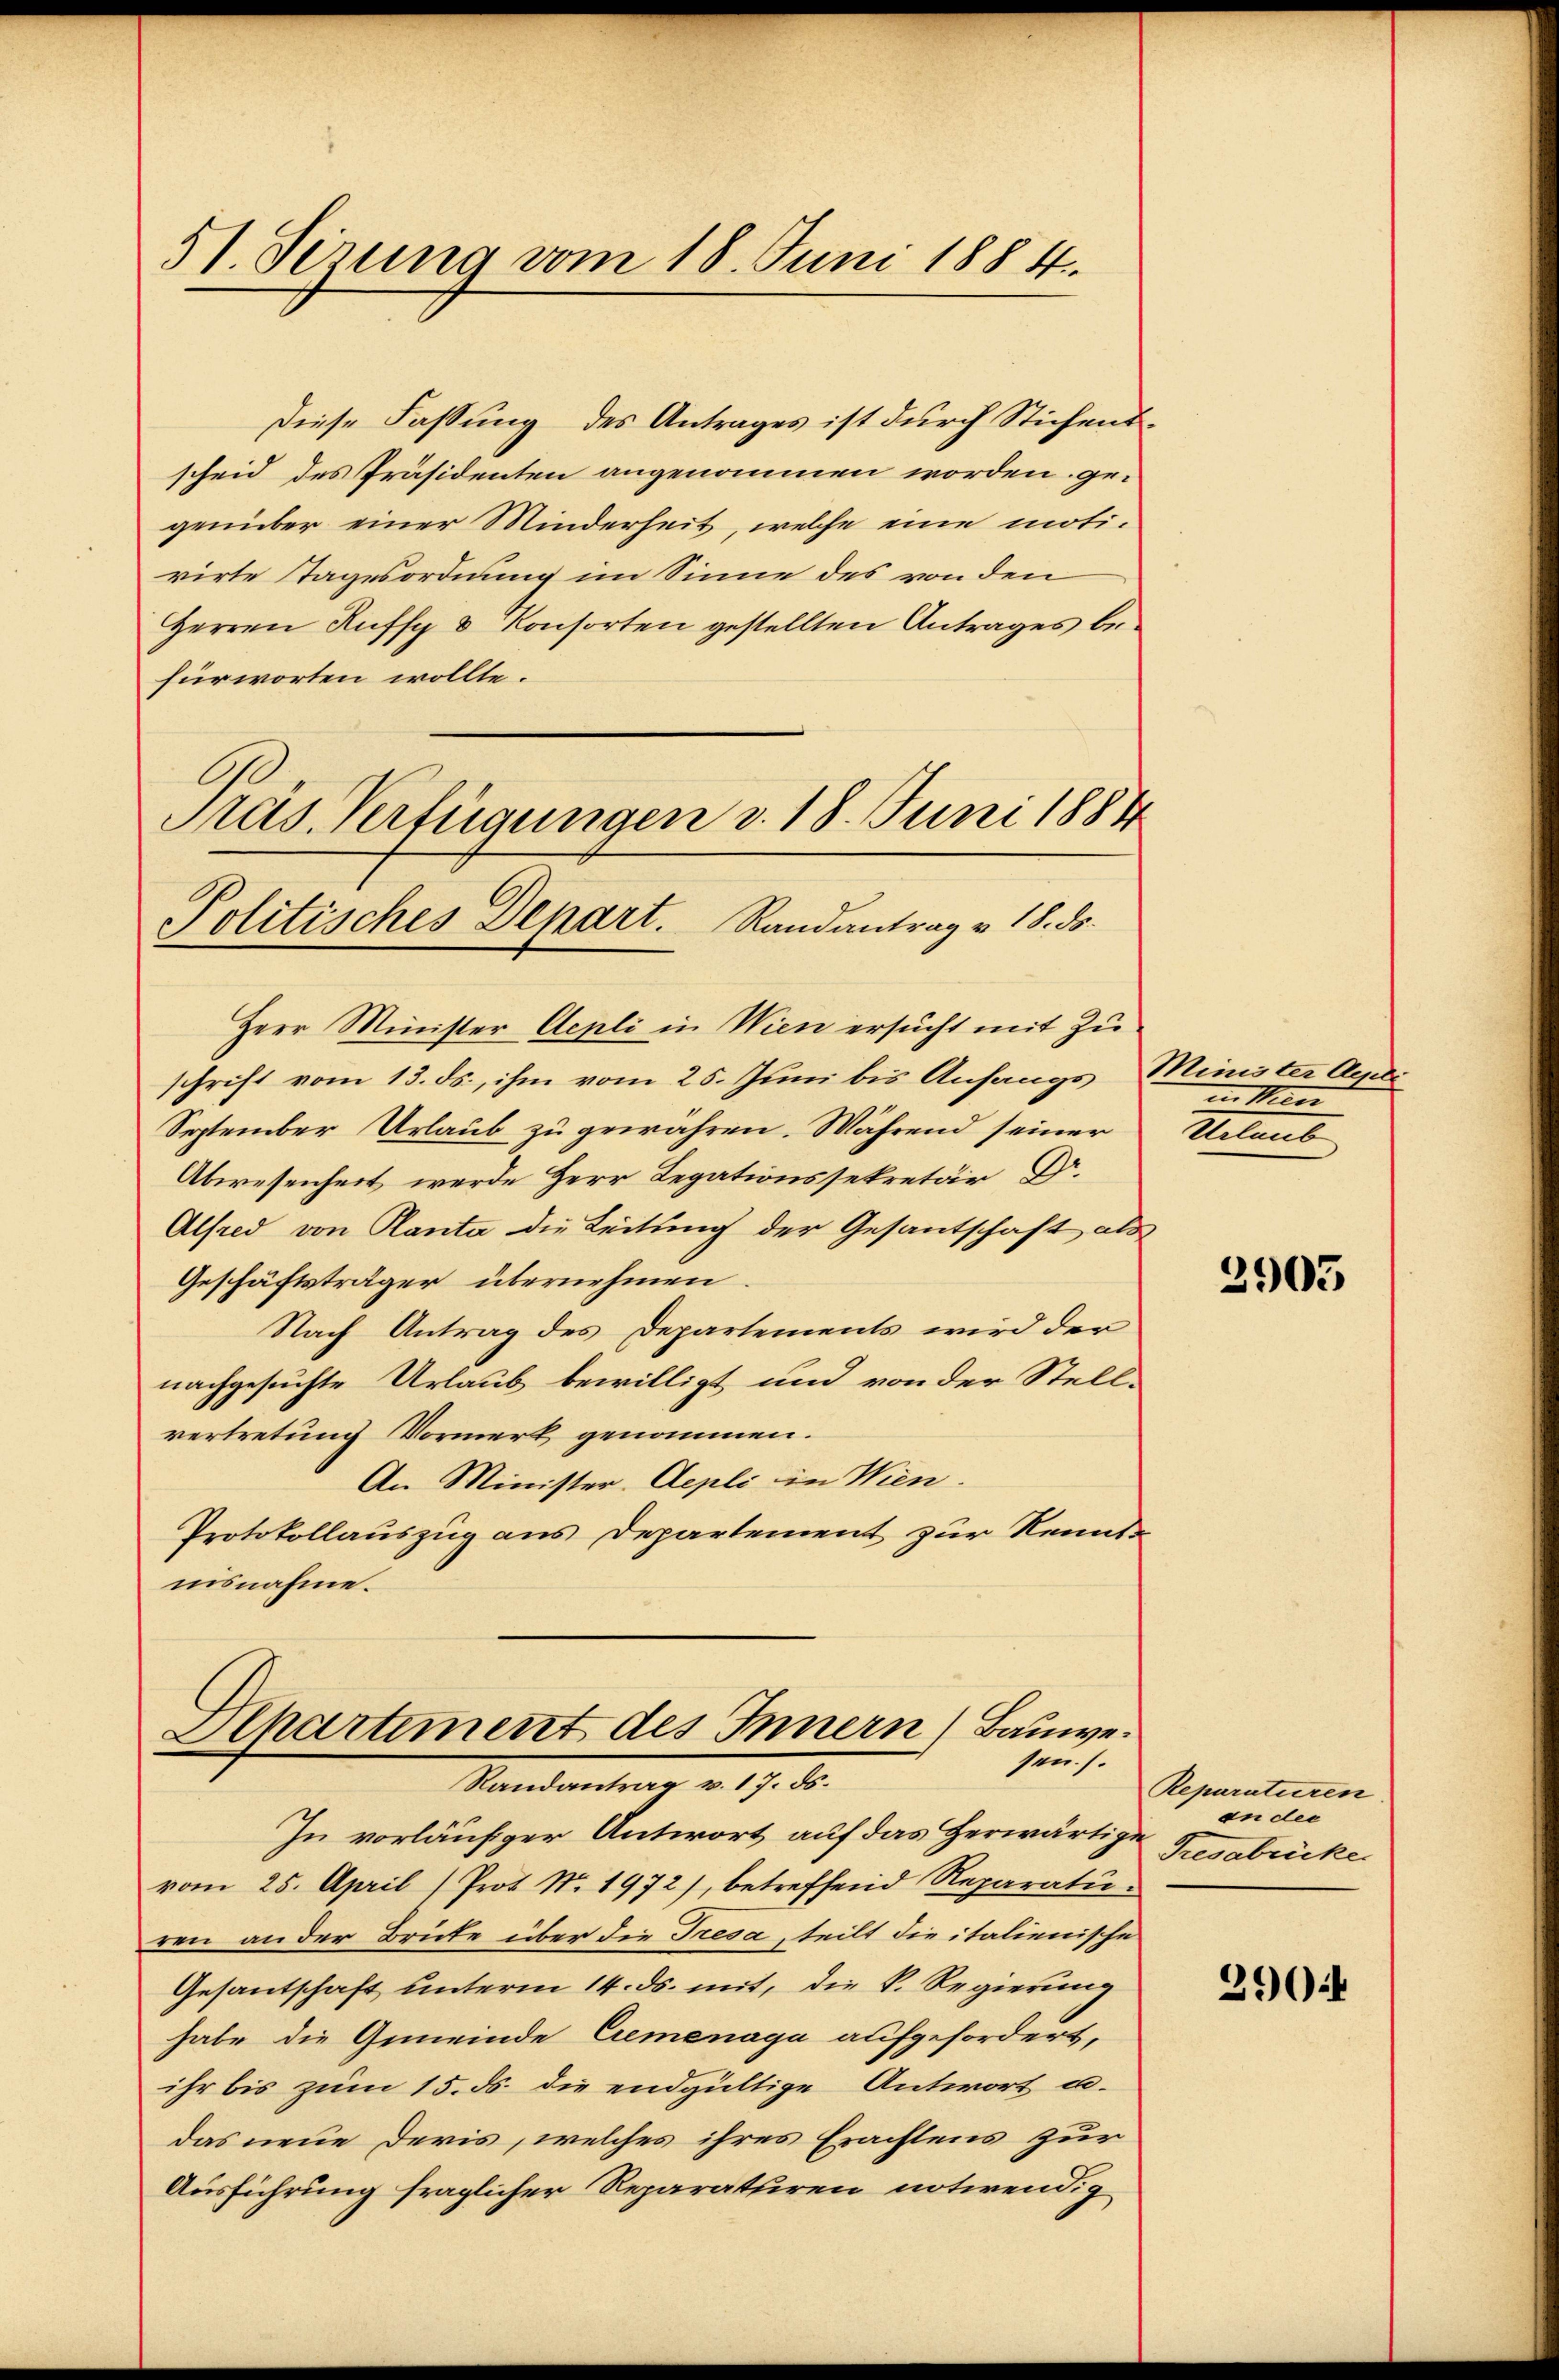
51. Serung vom 18. Juni 1884.

Diese Fassung des Antrages ist durch Stichensscheid des Präsidenten angenommen worden. gegenüber einer Minderheit, welche eine motirirte Tagesordnung im Sinne des von den
Herren Rufs & Konsorten gestellten Antrages befürworten wollte.
Herr Minister Aepli in Wien ersucht mit Zu
schrift vom 13. ds., ihm vom 25. Juni bis Anfangs Minister Au
September Urlaub zu gewahren. Während seiner
Abwesenheit werde Herr Legationssekretär Dr.
Alfred von Kanta die Leitung der Gesantschaft als
Geschäftsträger übernehmen.
Nach Antrag des Departements wird der
nachgesuchte Urlaub bewilligt und von der Stell-
vertretung Vormerk genommen.
An Minister-Aepli in Wien.
Protokollauszug aus Departement zur Kennte
nisnahme.

C
Präs. Verfügungen v. 18. Juni 1884
Politisches Depart. Randantrag v. 18. ds.

Separtiment des Innern) Bauwesen. s.
Mandantrag v. 17. d.

In vorläufiger Antwort auf das Herwärtige
vom 25. April / Prot. No. 1972), betreffend Reparatu-
ren an der Brücke über die Tresa, teilt die italienische
Gesantschaft unterm 14. ds. mit, die k. Regierung
habe die Gemeinde Cremenaga aufgefordert,
ihr bis zum 15. ds. die endgültige Antwort u.
das neue Devis, welches ihres Erachtens zur
Ausführung fraglicher Reparaturen notwendig

in Men
Urlaub

2903

Reparaturen
an der
Tresabrücke

3904